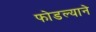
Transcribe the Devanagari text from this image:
फोडल्याने